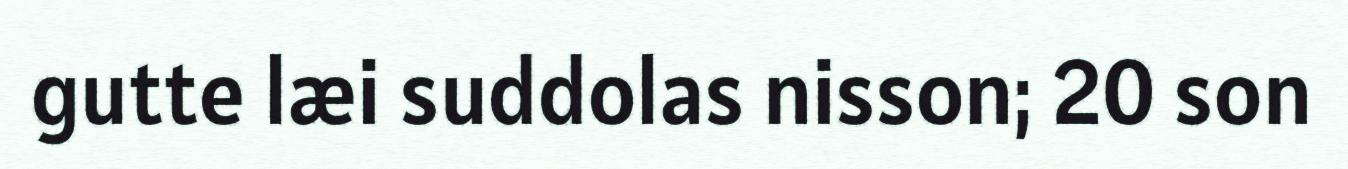
gutte læi suddolas nisson; 20 son